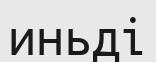
иньді